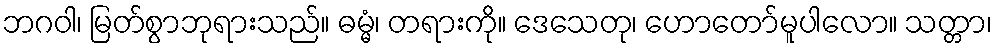
ဘဂဝါ၊ မြတ်စွာဘုရားသည်။ ဓမ္မံ၊ တရားကို။ ဒေသေတု၊ ဟောတော်မူပါလော။ သတ္တာ၊